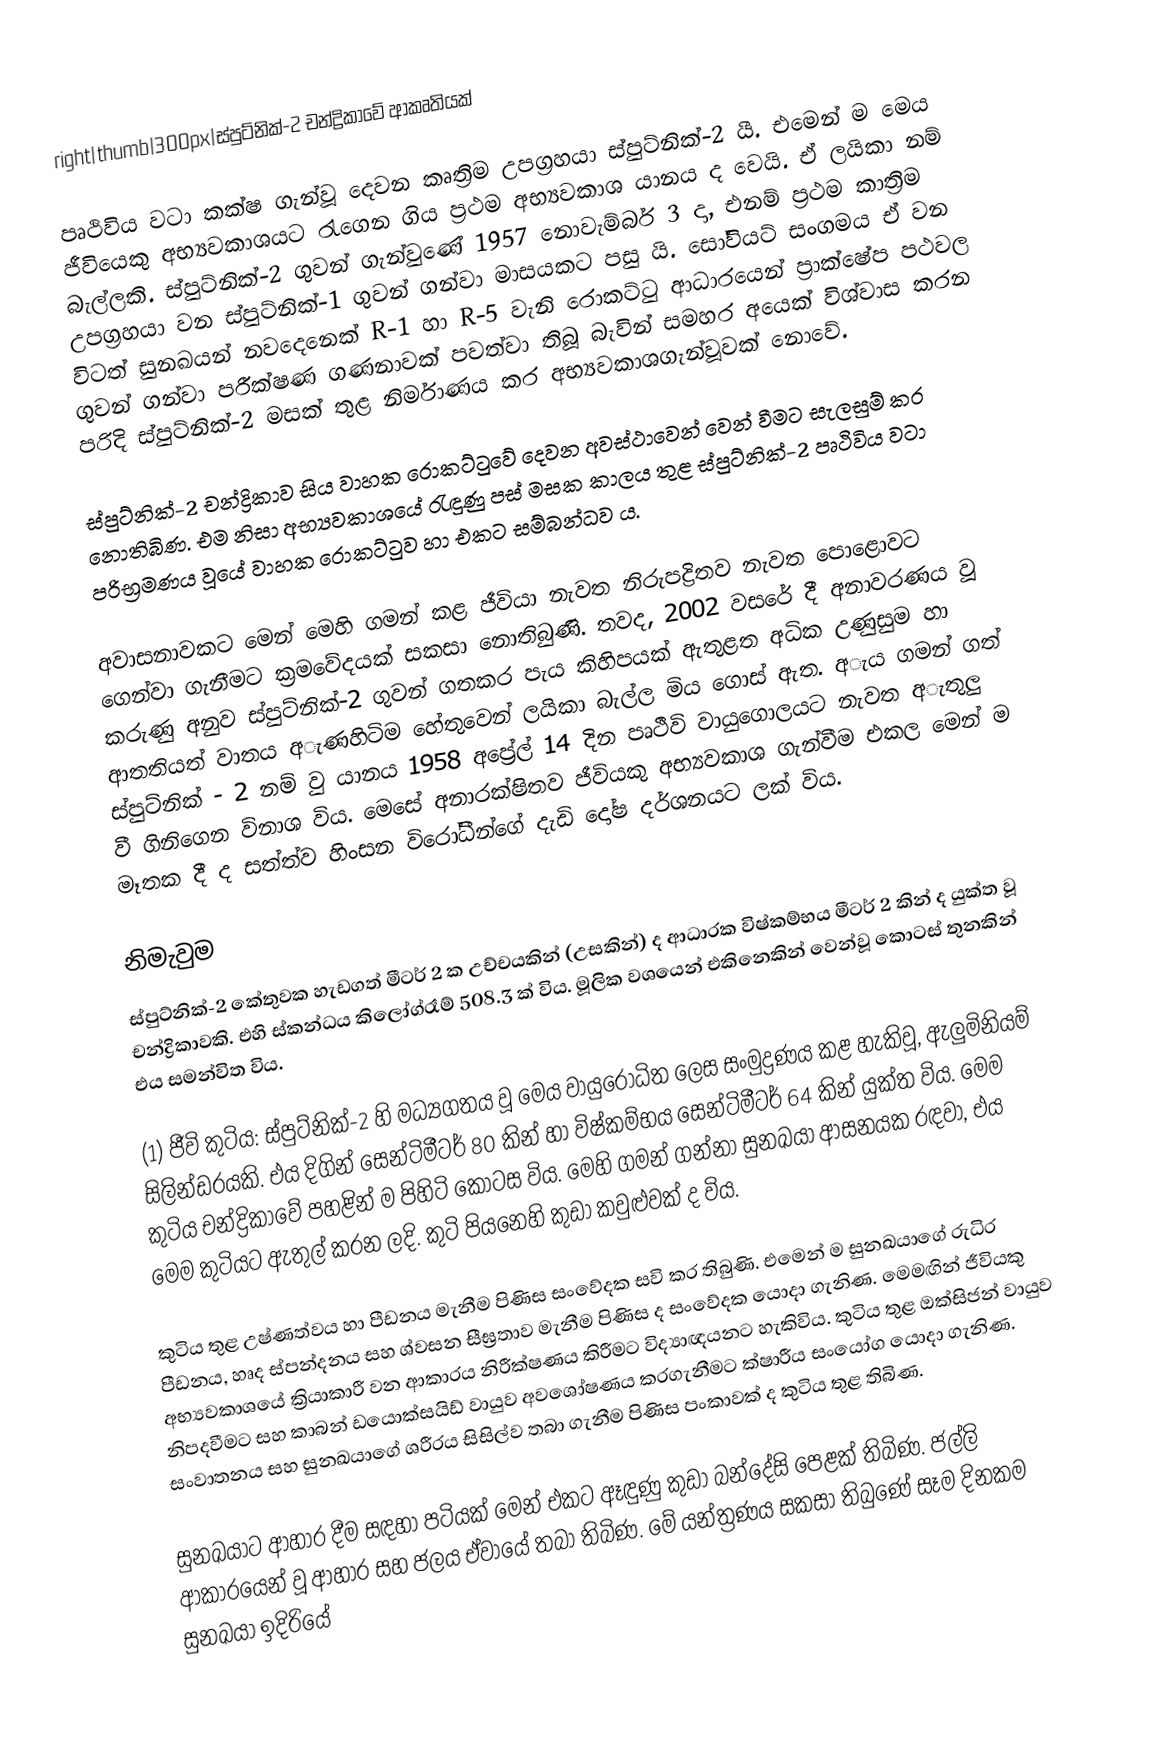
right|thumb|300px|ස්පුට්නික්-2 චන්ද්‍රිකාවේ ආකෘතියක්

පෘථිවිය වටා කක්ෂ ගැන්වූ දෙවන කෘත්‍රිම උපග්‍රහයා ස්පුට්නික්-2 යී. එමෙන් ම මෙය ජීවියෙකු අභ්‍යවකාශයට රැගෙන ගිය ප්‍රථම අභ්‍යවකාශ යානය ද වෙයි. ඒ ලයිකා නම් බැල්ලකි. ස්පුට්නික්-2 ගුවන් ගැන්වුණේ 1957 නොවැම්බර් 3 දා, එනම් ප්‍රථම කාත්‍රිම උපග්‍රහයා වන ස්පුට්නික්-1 ගුවන් ගන්වා මාසයකට පසු යි. සෝවියට් සංගමය ඒ වන විටත් සුනඛයන් නවදෙනෙක් R-1 හා R-5 වැනි රොකට්ටු ආධාරයෙන් ප්‍රාක්ෂේප පථවල ගුවන් ගන්වා පරීක්ෂණ ගණනාවක් පවත්වා තිබූ බැවින් සමහර අයෙක් විශ්වාස කරන පරිදි ස්පුට්නික්-2 මසක් තුළ නිර්මාණය කර අභ්‍යවකාශගැන්වූවක් නොවේ.

ස්පුට්නික්-2 චන්ද්‍රිකාව සිය වාහක රොකට්ටුවේ දෙවන අවස්ථාවෙන් වෙන් වීමට සැලසුම් කර නොතිබිණ. එම නිසා අභ්‍යවකාශයේ රැඳුණු පස් මසක කාලය තුළ ස්පුට්නික්-2 පෘථිවිය වටා පරිභ්‍රමණය වූයේ වාහක රොකට්ටුව හා එකට සම්බන්ධව ය.

අවාසනාවකට මෙන් මෙහි ගමන් කළ ජීවියා නැවත නිරුපද්‍රිතව නැවත පොළොවට ගෙන්වා ගැනීමට ක්‍රමවේදයක් සකසා නොතිබුණි. තවද, 2002 වසරේ දී අනාවරණය වූ කරුණු අනුව ස්පුට්නික්-2 ගුවන් ගතකර පැය කිහිපයක් ඇතුළත අධික උණුසුම හා ආතතියත් වාතය අැණහිටිම හේතුවෙන් ලයිකා බැල්ල මිය ගොස් ඇත. අැය ගමන් ගත් ස්පුට්නික් - 2 නම් වු යානය 1958 අප්‍රේල් 14 දින පෘථීවි වායුගොලයට නැවත අැතුලු වී ගිනිගෙන විනාශ විය. මෙසේ අනාරක්ෂිතව ජීවියකු අභ්‍යවකාශ ගැන්වීම එකල මෙන් ම මෑතක දී ද සත්ත්ව හිංසන විරෝධීන්ගේ දැඩි දෝෂ දර්ශනයට ලක් විය.

නිමැවුම
ස්පුට්නික්-2 කේතුවක හැඩගත් මීටර් 2 ක උච්චයකින් (උසකින්) ද ආධාරක විෂ්කම්භය මීටර් 2 කින් ද යුක්ත වූ චන්ද්‍රිකාවකි. එහි ස්කන්ධය කිලෝග්රෑම් 508.3 ක් විය. මූලික වශයෙන් එකිනෙකින් වෙන්වූ කොටස් තුනකින් එය සමන්විත විය.

(1) ජීවි කුටිය: ස්පුට්නික්-2 හි මධ්‍යගතය වූ මෙය වායුරෝධිත ලෙස සංමුද්‍රණය කළ හැකිවූ, ඇලුමිනියම් සිලින්ඩරයකි. එය දිගින් සෙන්ටිමීටර් 80 කින් හා විෂ්කම්භය සෙන්ටිමීටර් 64 කින් යුක්ත විය. මෙම කුටිය චන්ද්‍රිකාවේ පහළින් ම පිහිටි කොටස විය. මෙහි ගමන් ගන්නා සුනඛයා ආසනයක රඳවා, එය මෙම කුටියට ඇතුල් කරන ලදි. කුටි පියනෙහි කුඩා කවුළුවක් ද විය.

කුටිය තුළ උෂ්ණත්වය හා පීඩනය මැනීම පිණිස සංවේදක සවි කර තිබුණි. එමෙන් ම සුනඛයාගේ රුධිර පීඩනය, හෘද ස්පන්දනය සහ ශ්වසන සීඝ්‍රතාව මැනීම පිණිස ද සංවේදක යොදා ගැනිණ. මෙමඟින් ජීවියකු අභ්‍යවකාශයේ ක්‍රියාකාරී වන ආකාරය නිරීක්ෂණය කිරීමට විද්‍යාඥයනට හැකිවිය. කුටිය තුළ ඔක්සිජන් වායුව නිපදවීමට සහ කාබන් ඩයොක්සයිඩ් වායුව අවශෝෂණය කරගැනීමට ක්ෂාරීය සංයෝග යොදා ගැනිණ. සංවාතනය සහ සුනඛයාගේ ශරීරය සිසිල්ව තබා ගැනීම පිණිස පංකාවක් ද කුටිය තුළ තිබිණ.

සුනඛයාට ආහාර දීම සඳහා පටියක් මෙන් එකට ඈඳුණු කුඩා බන්දේසි පෙළක් තිබිණ. ජල්ලි ආකාරයෙන් වූ ආහාර සහ ජලය ඒවායේ තබා තිබිණ. මේ යන්ත්‍රණය සකසා තිබුණේ සෑම දිනකම සුනඛයා ඉදිරියේ